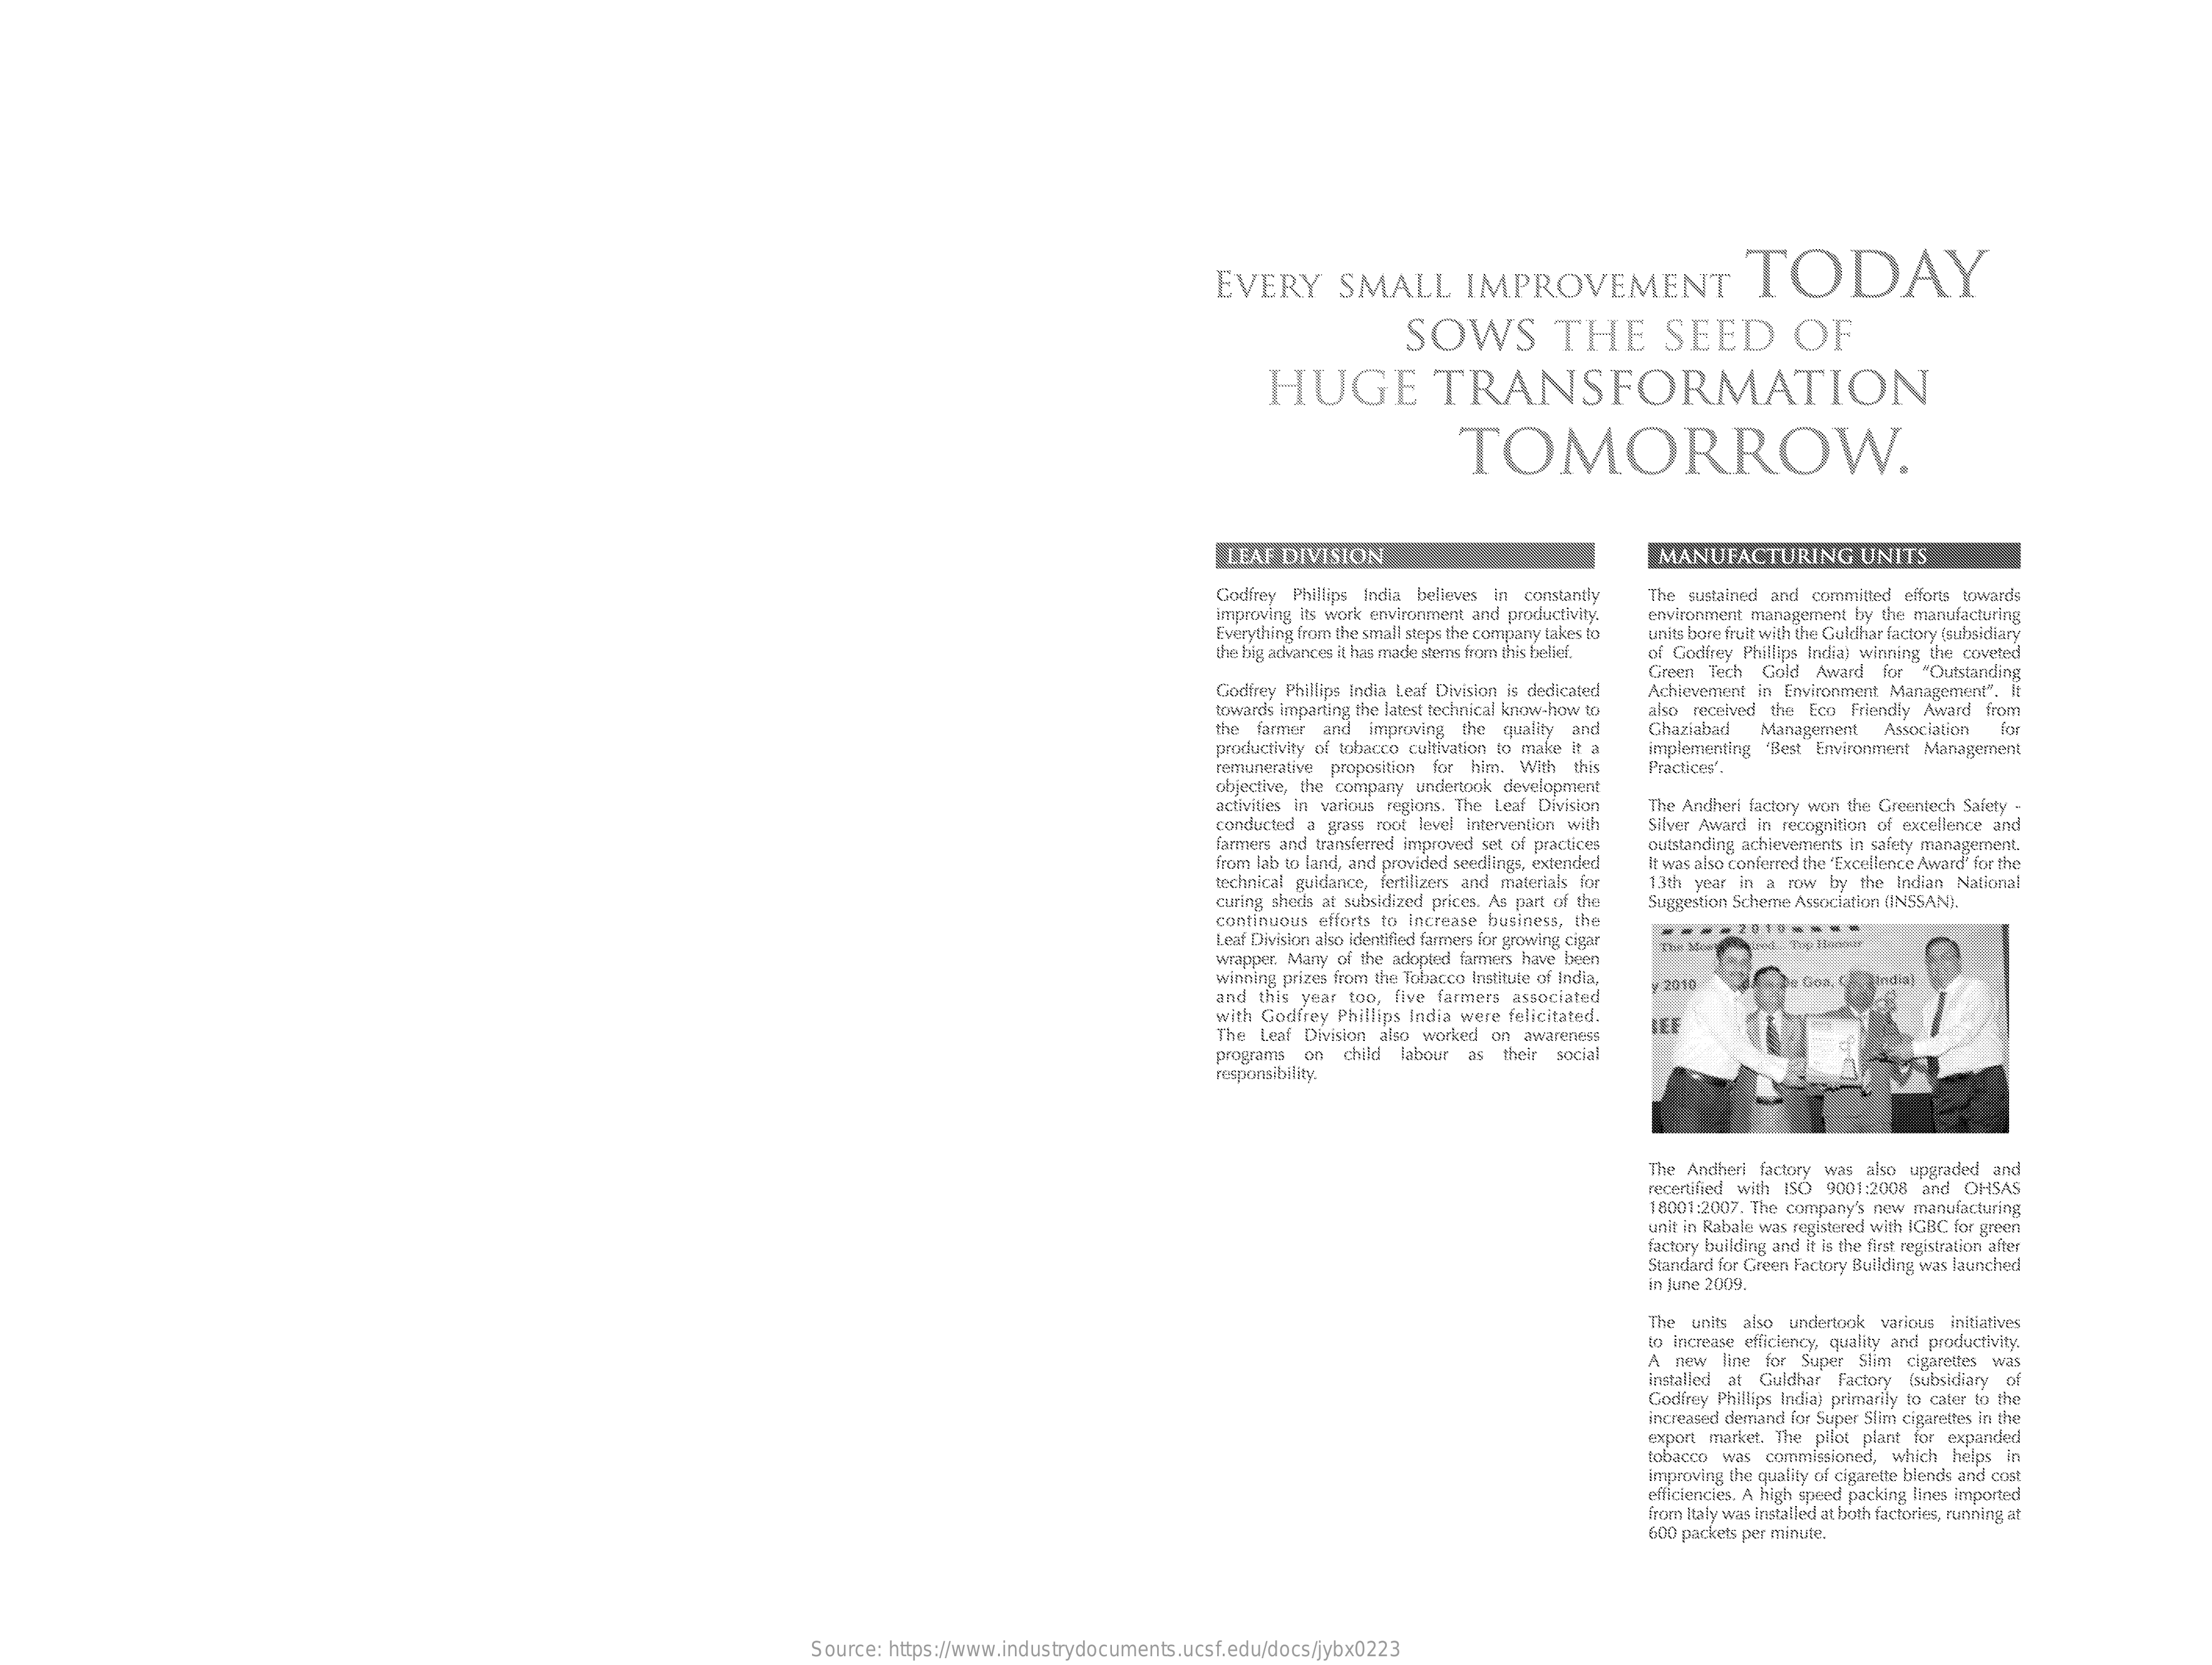
EVERY    SMALL    IMPROVEMENT    TODAY
     SOWS    THE    SEED    OF
     HUGE    TRANSFORMATION
     TOMORROW.
     LEAF DIVISION    MANUFACTURING    UNITS
     Godfrey Phillips India believes in constantly The sustained and committed efforts towards
     improving its work environment and productivity.
     Everything from the small steps the company takes to
     environment management by the manufacturing
     the big advances it has made stems from this bellef.
     units bore fruit with the Guldhar factory {subsidiary
     of Godfrey Phillips India) winning the coveted
     Godfrey Phillips India Leaf Division is dedicated
     Green Tech Gold Award  for "Outstanding
     towards imparting the latest technical know-how to
     Achievement in Environment Management", It
     the farmer and improving the quality and
     also received the Eco Friendly Award from
     productivity of tobacco cultivation to make it a
     Ghaziabad  Management  Association far
     implementing 'Best Environment Management
     remunerative proposition for him. With this
     objective, the company undertook development
     Practices',
     activities in various regions. The Leaf Division The Andheri factory wom the Greentech Safety -
     conducted a grass root level intervention with
     farmers and transferred improved set of practices
     Silver Award in recognition of excellence and
     from lab to land, and provided seedlings, extended
     outstanding achievements in safety management.
     technical guidance, fertilizers and materials for
     It was also conferred the "Excellence Award" for the
     curing sheds at subsidized prices. As part of the
     13th year in a row by the Indian National
     continuous efforts to increase business, the
     Suggestion Scheme Association (INSSANI,
     Leaf Division also identified farners for growing cigar
     wrapper. Many of the adopted farmers have been
     winning prizes from the Tobacco Institute of india,
     and this year too, five farmers associated
     2010
     with Godfrey Phillips India were felicitated.
     The Leaf Division also worked on awareness
     JEF
     programs on  child labour as their social
     responsibility.
     The Andheri factory was also upgraded and
     recertified with ISO 9001:2008 and OHSAS
     18001:2007. The company's new manufacturing
     unit in Rabale was registered with IGBC for green
     factoey building and it is the first registration after
     Standard for Green Factory Building was launched
     in June 2009.
     The units also undertook various initiatives
     to increase efficiency, quality and productivity,
     A  new  line for Super Slim cigarettes was
     installed at Guldhar Factory [subsidiary of
     Godfrey Phillips Indial primarily to cater to the
     increased demand for Super Som cigarettes In the
     export market. The pliot plant for expanded
     tobacco was commissioned, which helps in
     improving the quality of cigarette blends and cost
     efficiencies. A high speed packing lines imported
     from Italy was Installed at both factories, running at
     600 packets per minute.
     Source: https://www.industrydocuments.ucsf.edu/docs/jybx0223